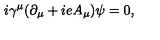
i { \gamma } ^ { \mu } ( { \partial } _ { \mu } + i e A _ { \mu } ) { \psi } = 0 ,